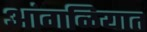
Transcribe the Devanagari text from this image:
आंगळियात